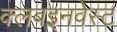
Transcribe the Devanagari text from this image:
क्लबइनवेस्ट